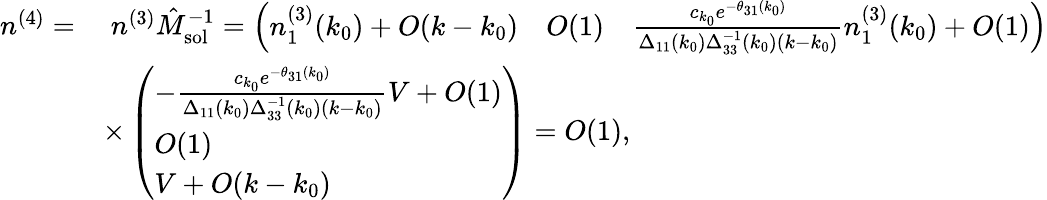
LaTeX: \begin{array}{rl}{n^{(4)}=}&{\; n^{(3)}\hat{M}_{\mathrm{sol}}^{-1}=\left(\begin{array}{lll}{n_{1}^{(3)}(k_{0})+O(k-k_{0})}&{O(1)}&{\frac{c_{k_{0}}e^{-\theta_{31}(k_{0})}}{\Delta_{11}(k_{0})\Delta_{33}^{-1}(k_{0})(k-k_{0})}n_{1}^{(3)}(k_{0})+O(1)}\end{array}\right)}\\ &{\times\left(\begin{array}{l}{-\frac{c_{k_{0}}e^{-\theta_{31}(k_{0})}}{\Delta_{11}(k_{0})\Delta_{33}^{-1}(k_{0})(k-k_{0})}V+O(1)}\\ {O(1)}\\ {V+O(k-k_{0})}\end{array}\right)=O(1),}\end{array}